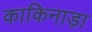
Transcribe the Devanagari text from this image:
काकिनाड़ा